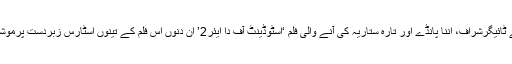
انہیں میں سے ایک ہے ٹائیگرشراف، اننا پانڈے اور تارہ ستاریہ کی آنے والی فلم ‘اسٹوڈینٹ آف دا ایئر2’ ان دنوں اس فلم کے تینوں اسٹارس زبردست پرموشن میں لگے ہوئے ہیں۔